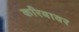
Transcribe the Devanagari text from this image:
करियावर